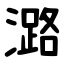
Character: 潞